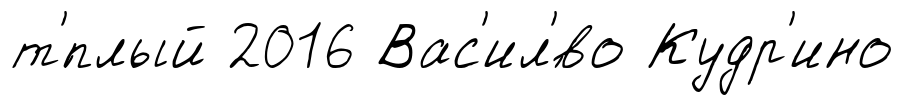
т'́плый 2016 Вас'ил'́во Кудр'ино